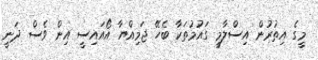
މީގެ އިތުރުން އިސްލާމީ ގައުމުތަކާ ބެހޭ ޖަމިއްޔާ އޯއައިސީ އިން ވެސް ދަނީ